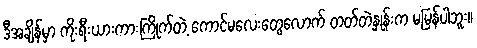
ဒီအချိန်မှာ ကိုးရီးယားကားကြိုက်တဲ့ ကောင်မလေးတွေလောက် တတ်တဲ့နှုန်းက မမြန်ပါဘူး။